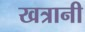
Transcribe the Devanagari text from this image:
खत्रानी